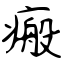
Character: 瘢